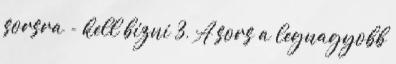
sorsra - kell bízni 3, A sors a legnagyobb